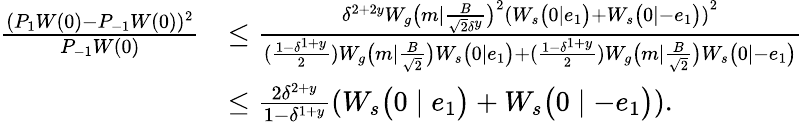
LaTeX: \begin{array}{rl}{\frac{(P_{1}W(0)-P_{-1}W(0))^{2}}{P_{-1}W(0)}}&{\leq\frac{\delta^{2+2y}W_{g}\big(m\mid\frac{B}{\sqrt{2}\delta^{y}}\big)^{2}\left(W_{s}\big(0\mid e_{1}\big)+W_{s}\big(0\mid-e_{1}\big)\right)^{2}}{(\frac{1-\delta^{1+y}}{2})W_{g}\big(m\mid\frac{B}{\sqrt{2}}\big)W_{s}\big(0\mid e_{1}\big)+(\frac{1-\delta^{1+y}}{2})W_{g}\big(m\mid\frac{B}{\sqrt{2}}\big)W_{s}\big(0\mid-e_{1}\big)}}\\ &{\leq\frac{2\delta^{2+y}}{1-\delta^{1+y}}\left(W_{s}\big(0\mid e_{1}\big)+W_{s}\big(0\mid-e_{1}\big)\right).}\end{array}